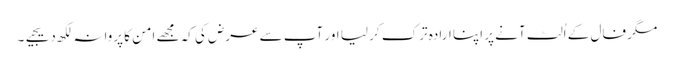
مگر فال کے اُلٹ آنے پر اپنا ارادہ ترک کر لیا اور آپ سے عرض کی کہ مجھے امن کا پروانہ لکھ دیجیے۔